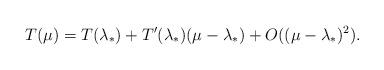
LaTeX: \begin{align*}T(\mu)=T(\lambda_{*})+T^{\prime}(\lambda_{*})(\mu-\lambda_{*})+O((\mu-\lambda_{*})^2).\end{align*}